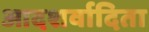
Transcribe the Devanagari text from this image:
आदशर्वादिता